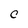
Character: C